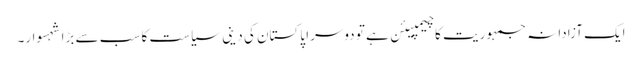
ایک آزادانہ جمہوریت کا چیمپیئن ہے تو دوسرا پاکستان کی دینی سیاست کا سب سے بڑا شہسوار۔